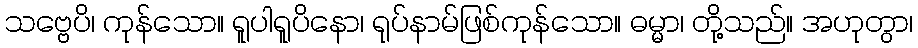
သဗ္ဗေပိ၊ ကုန်သော။ ရူပါရူပိနော၊ ရုပ်နာမ်ဖြစ်ကုန်သော။ ဓမ္မာ၊ တို့သည်။ အဟုတွာ၊